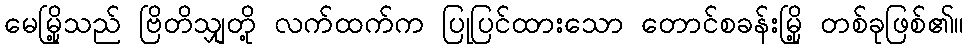
မေမြို့သည် ဗြိတိသျှတို့ လက်ထက်က ပြုပြင်ထားသော တောင်စခန်းမြို့ တစ်ခုဖြစ်၏။